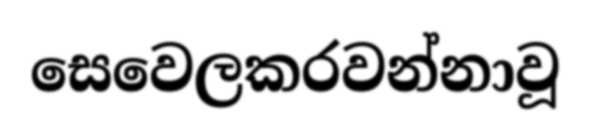
සෙවෙලකරවන්නාවූ